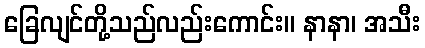
ခြေလျင်တို့သည်လည်းကောင်း။ နာနာ၊ အသီး